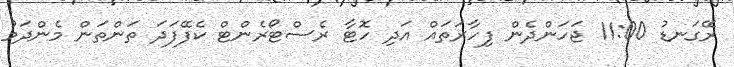
ރޭގަނޑު 11:00 ޖަހަންދެން ފިހާރަތައް އަދި ހޮޓާ ރެސްޓޯރެންޓް ކެފޭފަދަ ތަންތަން މެންދަމު